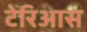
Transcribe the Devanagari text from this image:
टेरिआस